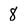
Character: 8